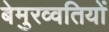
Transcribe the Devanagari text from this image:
बेमुरव्वतियों